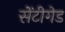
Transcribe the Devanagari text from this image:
सेंटीगेड